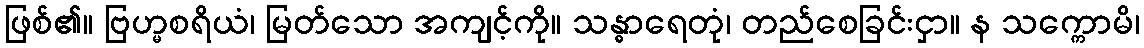
ဖြစ်၏။ ဗြဟ္မစရိယံ၊ မြတ်သော အကျင့်ကို။ သန္ဓာရေတုံ၊ တည်စေခြင်းငှာ။ န သက္ကောမိ၊